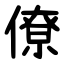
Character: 僚